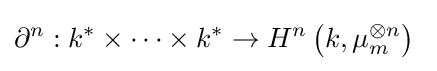
\partial ^{n}:k^{*}\times \cdots \times k^{*}\rightarrow H^{n}\left({k,\mu _{m}^{\otimes n}}\right)\